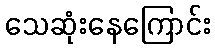
သေဆုံးနေကြောင်း